Vaccination United Provinces of Agra and Oudh 1923-1928 - 1923-1928
Year: 1923
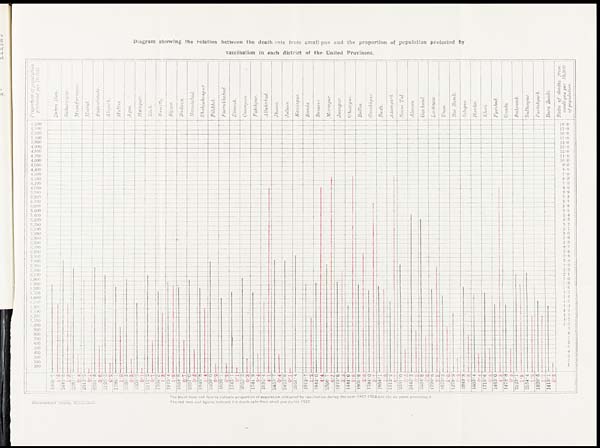
Diagram showing the relation between the death-rate from small-pox and the proportion of population protected by
vaccination in each district of the United Provinces.
The black lines and figures indicate proportion of population protected by vaccination during the year 1927-1928 and the six years preceding it.
The red lines and figures indicate the death rate from small pox during 1927.
GOVERNMENT PRESS, ALLAHABAD.